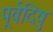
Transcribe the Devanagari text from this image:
पूर्वदिषु